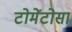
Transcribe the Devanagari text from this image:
टोमेंटोसा